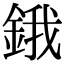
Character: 鋨